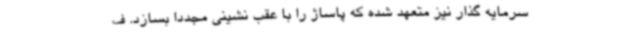
سرمایه گذار نیز متعهد شده که پاساژ را با عقب نشینی مجددا بسازد. ف